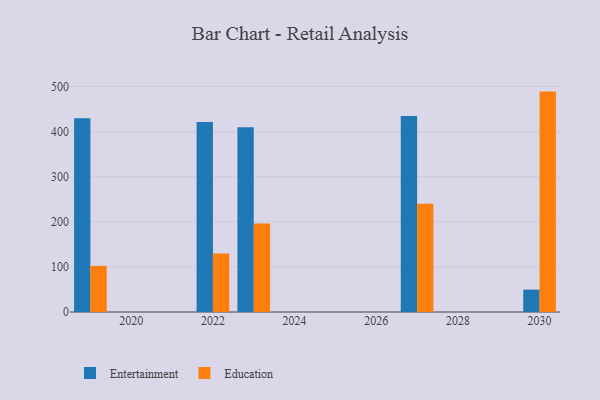
{"axis": {"x": "Year", "y": "Inventory Turnover"}, "legend": ["Education", "Entertainment"], "data": [{"x": "2030", "y": 49.6, "type": "Entertainment"}, {"x": "2030", "y": 488.7, "type": "Education"}, {"x": "2019", "y": 429.8, "type": "Entertainment"}, {"x": "2019", "y": 102.3, "type": "Education"}, {"x": "2023", "y": 409.4, "type": "Entertainment"}, {"x": "2023", "y": 196.5, "type": "Education"}, {"x": "2022", "y": 421.3, "type": "Entertainment"}, {"x": "2022", "y": 129.6, "type": "Education"}, {"x": "2027", "y": 434.4, "type": "Entertainment"}, {"x": "2027", "y": 239.9, "type": "Education"}]}